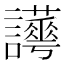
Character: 𧮉